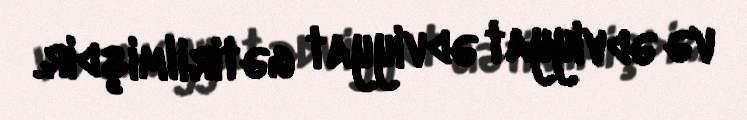
və ədviyyat ədviyyat gətirilmişdir.